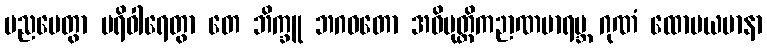
ပညပေတွာ ပရိဝါရေတွာ တေ ဘိက္ခူ ဘဂဝတော အဓိမုတ္တိကဉာဏမာရဗ္ဘ ဂုဏံ ထောမယမာနာ